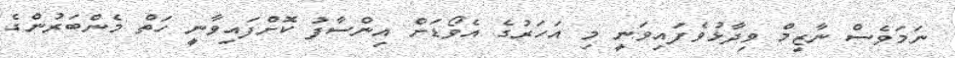
ނަމަވެސް ނާޒިމް ވިދާޅުވެފައިވަނީ މި އަހަރުގެ އެވޯޑަށް އިންސާފު ކޮށްފައިވާނީ ހަތް މެންބަރުންގެ